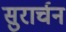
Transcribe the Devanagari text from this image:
सुरार्चन